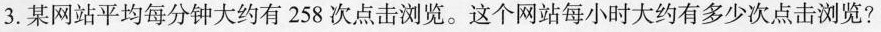
3.某网站平均每分钟大约有258次点击浏览。这个网站每小时大约有多少次点击浏览?